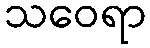
သဝေရာ